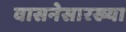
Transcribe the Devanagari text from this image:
वासनेसारख्या